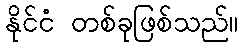
နိုင်ငံ တစ်ခုဖြစ်သည်။